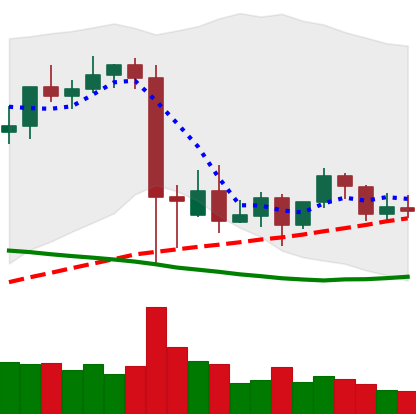
Ticker: BNB-USD
Chart end date: 2021-09-19
Forward return: -13.013%
Label: down_7plus